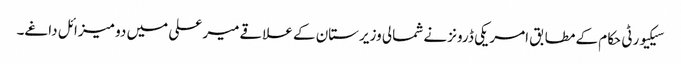
سیکیورٹی حکام کے مطابق امریکی ڈرونز نے شمالی وزیرستان کے علاقےمیر علی میں دو میزائل داغے۔